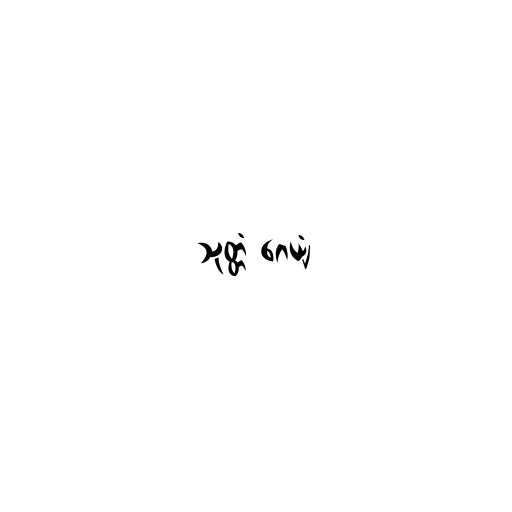
သုတ္တံ ဂေယျံ